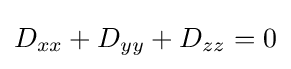
D_{xx}+D_{yy}+D_{zz}=0